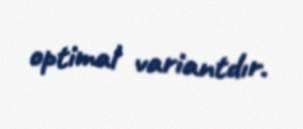
optimal variantdır.